Madras plague regulations in force outside the Presidency town - Volume 4
Disease focus: Plague
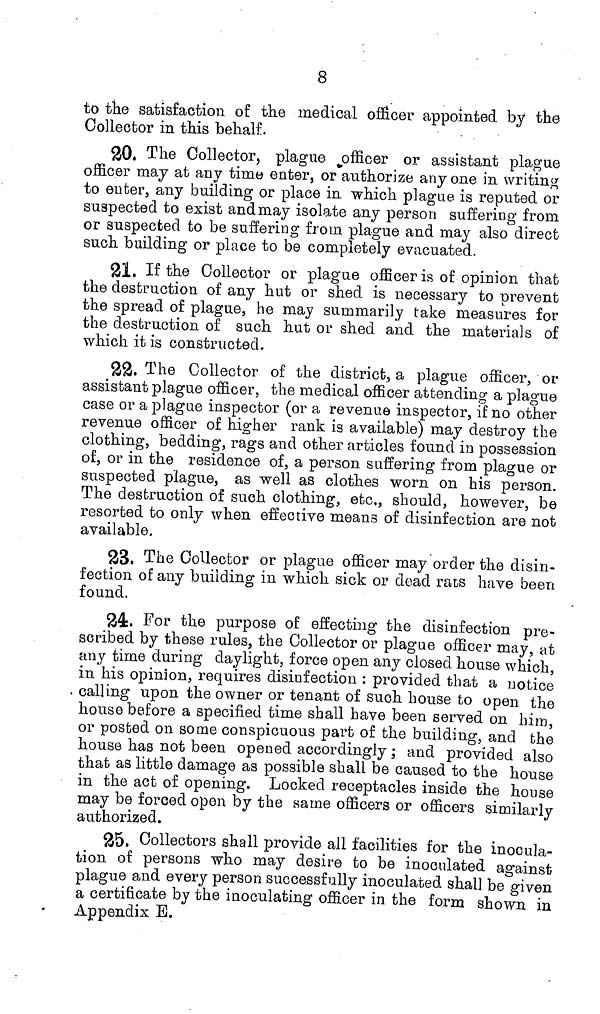
8
to the satisfaction of the medical officer appointed by the
Collector in this behalf.
20. The Collector, plague officer or assistant plague
officer may at any time enter, or authorize anyone in writing
to enter, any building or place in which plague is reputed or
suspected to exist and may isolate any person suffering from
or suspected to be suffering from plague and may also direct
such building or place to be completely evacuated.
21. If the Collector or plague officer is of opinion that
the destruction of any hut or shed is necessary to prevent
the spread of plague, he may summarily take measures for
the destruction of such hut or shed and the materials of
which it is constructed.
22. The Collector of the district, a plague officer, or
assistant plague officer, the medical officer attending a plague
case or a plague inspector (or a revenue inspector, if no other
revenue officer of higher rank is available) may destroy the
clothing, bedding, rags and other articles found in possession
of, or in the residence of, a person suffering from plague or
suspected plague, as well as clothes worn on his person.
The destruction of such clothing, etc., should, however, be
resorted to only when effective means of disinfection are not
available.
23. The Collector or plague officer may order the disin-
fection of any building in which sick or dead rats have been
found.
24. For the purpose of effecting the disinfection pre-
scribed by these rules, the Collector or plague officer may, at
any time during daylight, force open any closed house which,
in his opinion, requires disinfection : provided that a notice
. calling upon the owner or tenant of such house fco open the
house before a specified time shall have been served on him,
or posted on some conspicuous part of the building, and the
house has not been opened accordingly ; and provided also
that as little damage as possible shall be caused to the house
in the act of opening. Locked receptacles inside the house
may be forced open by the same officers or officers similarly
authorized.
25. Collectors shall provide all facilities for the inocula-
tion of persons who may desire to be inoculated against
plague and every person successfully inoculated shall be given
a certificate by the inoculating officer in the form shown in
Appendix E.